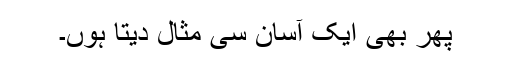
پھر بھی ایک آسان سی مثال دیتا ہوں۔